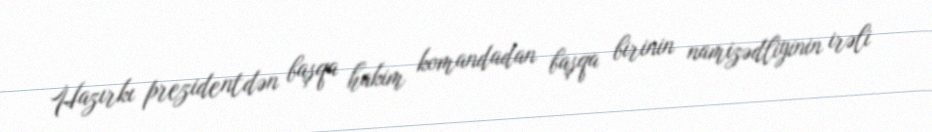
Hazırkı prezidentdən başqa hakim komandadan başqa birinin namizədliyinin irəli